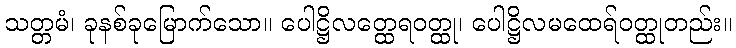
သတ္တမံ၊ ခုနစ်ခုမြောက်သော။ ပေါဋ္ဌိလတ္ထေရဝတ္ထု၊ ပေါဋ္ဌိလမထေရ်ဝတ္ထုတည်း။